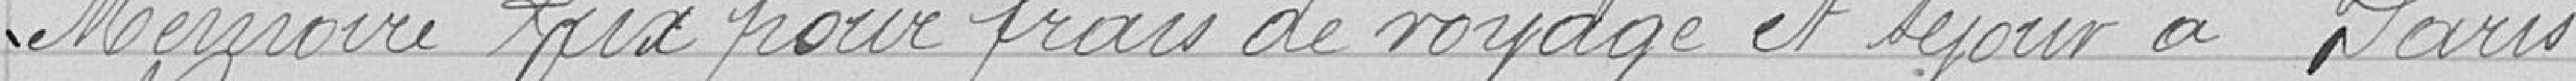
Mémoire Lux pour frais de voyage et séjour à Paris